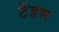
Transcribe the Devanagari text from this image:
टेंडंस